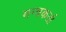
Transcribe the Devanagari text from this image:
मन्त्रकर्ता